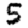
Digit: 5